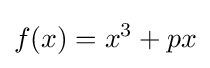
f(x)=x^{3}+px